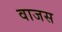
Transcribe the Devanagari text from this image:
वाजस